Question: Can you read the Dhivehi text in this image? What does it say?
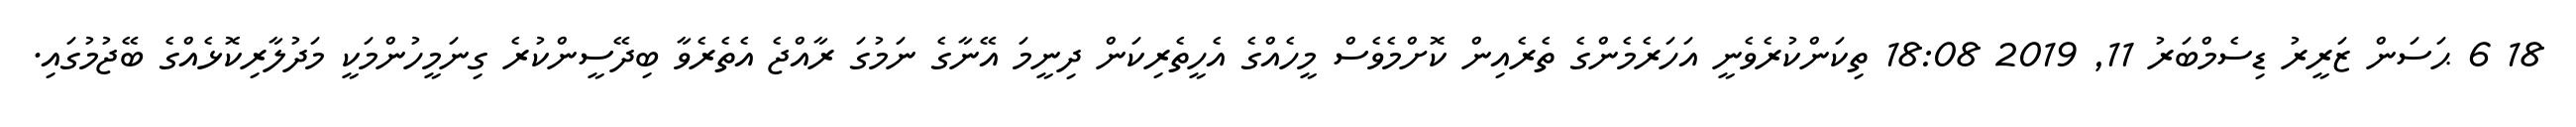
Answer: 18 6 ޙަސަން ޒަރީރު ޑިސެމްބަރު 11, 2019 18:08 ތިކަންކުރެވެނީ އަހަރެމެންގެ ތެރެއިން ކޮށްމެވެސް މީހެއްގެ އެހީތެރިކަން ދިނީމަ އޭނާގެ ނަމުގަ ރާއްޖެ އެތެރެވާ ބިދޭސީންކުރެ ގިނަމީހުންމަކީ މަދުލާރިކޮޅެއްގެ ބޭޖުމުގައި.